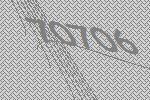
70706